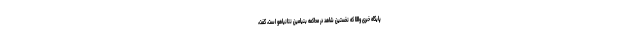
پایگاه خبری واللا که نخستین شاهد در محاکمه بنیامین نتانیاهو است، گفت،